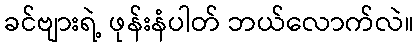
ခင်ဗျားရဲ့ ဖုန်းနံပါတ် ဘယ်လောက်လဲ။